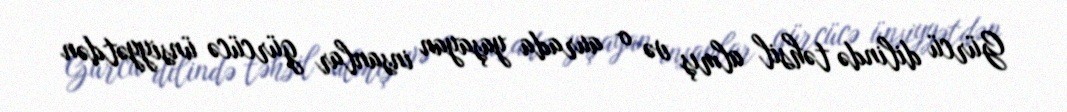
Gürcü dilində təhsil almış və o aurada yaşayan insanlar gürcücə ünsiyyətdən